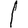
Digit: 1